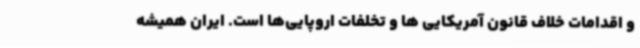
و اقدامات خلاف قانون آمریکایی ها و تخلفات اروپایی‌ها است. ایران همیشه